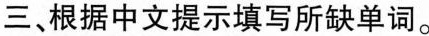
三、根据中文提示填写所缺单词.。